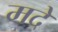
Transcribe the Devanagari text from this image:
मदे